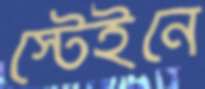
স্টেইনে